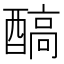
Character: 𨢓